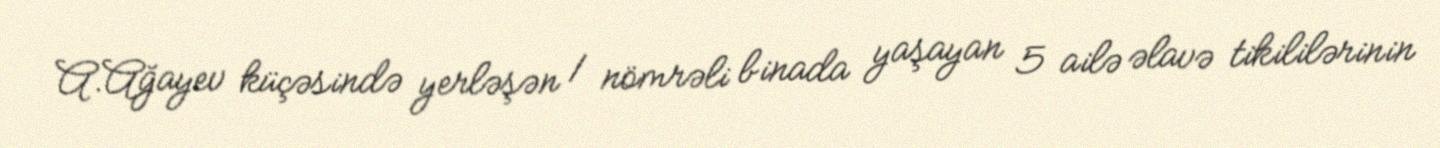
A.Ağayev küçəsində yerləşən 1 nömrəli binada yaşayan 5 ailə əlavə tikililərinin